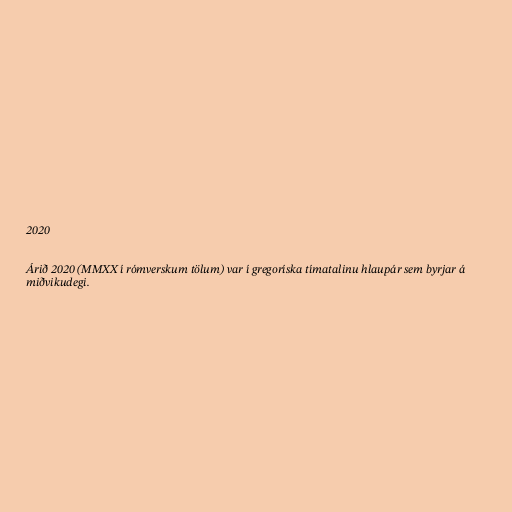
2020

Árið 2020 (MMXX í rómverskum tölum) var í gregoríska tímatalinu hlaupár sem byrjar á
miðvikudegi.